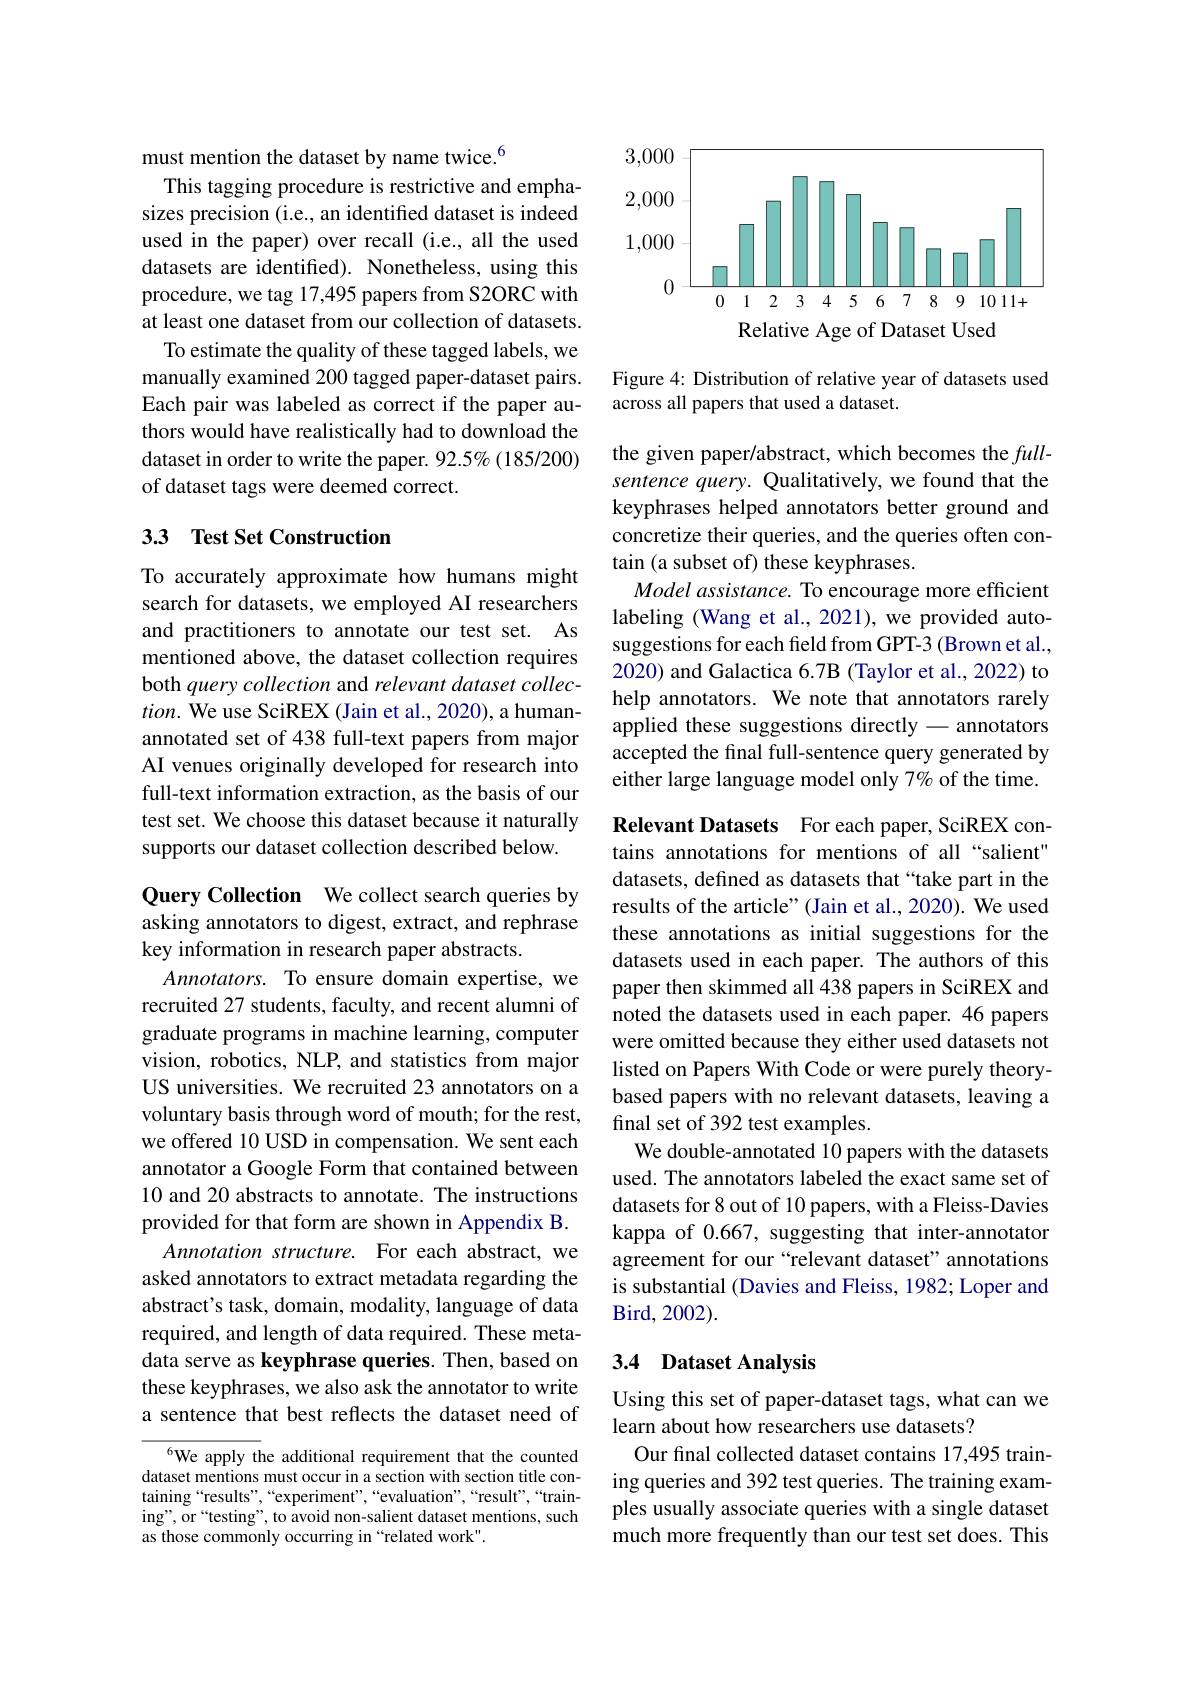
must mention the dataset by name twice.$^{6}$
This tagging procedure is restrictive and emphasizes precision (i.e., an identified dataset is indeed used in the paper) over recall (i.e., all the used datasets are identified). Nonetheless, using this procedure, we tag 17,495 papers from S2ORC with at least one dataset from our collection of datasets.
To estimate the quality of these tagged labels, we manually examined 200 tagged paper-dataset pairs. Each pair was labeled as correct if the paper authors would have realistically had to download the dataset in order to write the paper. 92.5% (185/200) of dataset tags were deemed correct.

## 33 Test Set Construction

To accurately approximate how humans might search for datasets, we employed AI researchers and practitioners to annotate our test set. As mentioned above, the dataset collection requires both query collection and relevant dataset collec- $tion.$ We use SciREX (Jain et al., 2020), a humanannotated set of 438 full-text papers from major AI venues originally developed for research into full-text information extraction, as the basis of our test set. We choose this dataset because it naturally supports our dataset collection described below.

Query Collection We collect search queries by asking annotators to digest, extract, and rephrase key information in research paper abstracts.
$Annotators.$ To ensure domain expertise, we recruited 27 students, faculty, and recent alumni of graduate programs in machine learning, computer vision, robotics, NLP, and statistics from major US universities. We recruited 23 annotators on a voluntary basis through word of mouth; for the rest, we offered 10 USD in compensation. We sent each annotator a Google Form that contained between 10 and 20 abstracts to annotate. The instructions provided for that form are shown in Appendix B.
Annotation structure. For each abstract, we asked annotators to extract metadata regarding the abstract's task, domain, modality, language of data required, and length of data required. These metadata serve as keyphrase queries. Then, based on these keyphrases, we also ask the annotator to write a sentence that best reflects the dataset need of

6We apply the additional requirement that the counted dataset mentions must occur in a section with section title containing“results”,“experiment",“evaluation”,“result",“training", or“testing”, to avoid non-salient dataset mentions, such as those commonly occurring in “related work".

<FigureHere>

Figure 4: Distribution of relative year of datasets used
across all papers that used a dataset.

the given paper/abstract, which becomes the $full-$ sentence query. Qualitatively, we found that the keyphrases helped annotators better ground and concretize their queries, and the queries often contain (a subset of) these keyphrases.
Model assistance. To encourage more efficient labeling (Wang et al., 2021), we provided autosuggestions for each field from GPT-3 (Brown et al., 2020) and Galactica 6.7B (Taylor et al., 2022) to help annotators. We note that annotators rarely applied these suggestions directly - annotators accepted the final full-sentence query generated by either large language model only 7% of the time.

Relevant Datasets For each paper, SciREX contains annotations for mentions of all “salient" datasets, defined as datasets that “take part in the results of the article" (Jain et al., 2020). We used these annotations as initial suggestions for the datasets used in each paper. The authors of this paper then skimmed all 438 papers in SciREX and noted the datasets used in each paper. 46 papers were omitted because they either used datasets not listed on Papers With Code or were purely theorybased papers with no relevant datasets, leaving a final set of 392 test examples.
We double-annotated 10 papers with the datasets used. The annotators labeled the exact same set of datasets for 8 out of 10 papers, with a Fleiss-Davies kappa of 0.667, suggesting that inter-annotator agreement for our “relevant dataset” annotations is substantial (Davies and Fleiss, 1982; Loper and Bird, 2002) .

## 3.4 Dataset Analysis

Using this set of paper-dataset tags, what can we
learn about how researchers use datasets?
Our final collected dataset contains 17,495 training queries and 392 test queries. The training examples usually associate queries with a single dataset much more frequently than our test set does. This